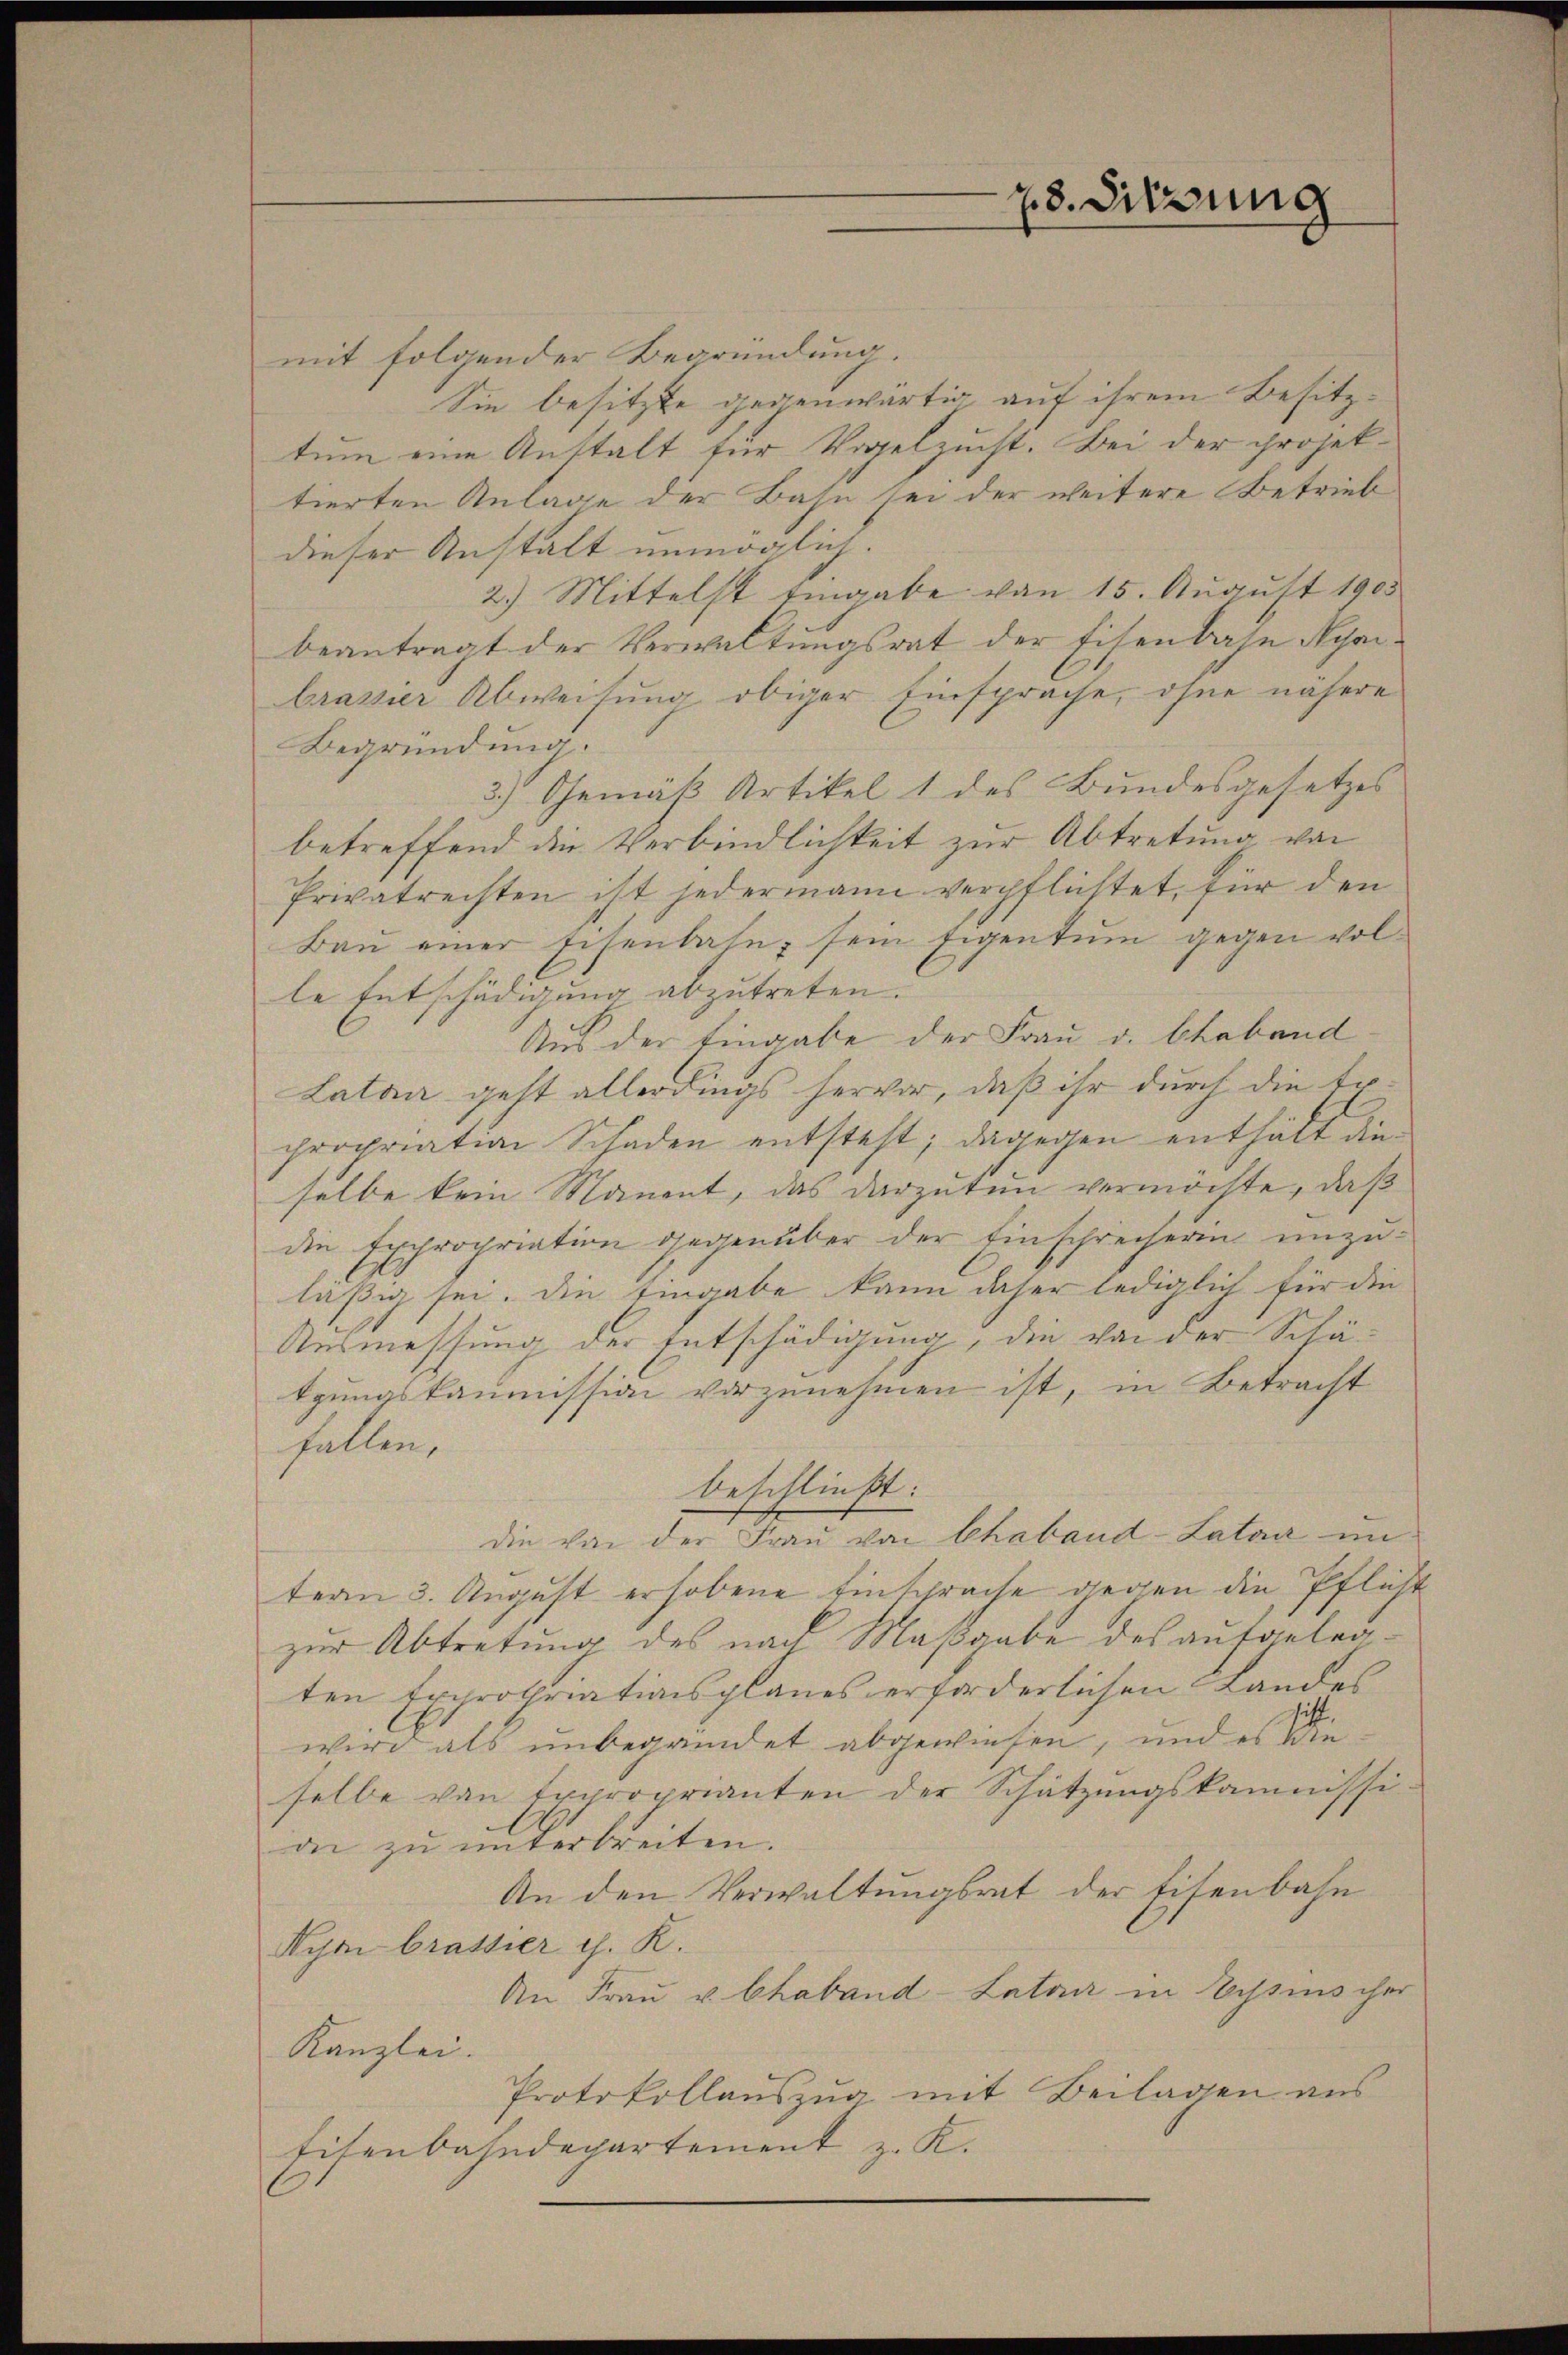
23. Sitzung

mit folgender Begründung.
Sie besitzte gegenwärtig auf ihrem Besitztum eine Anstalt für Vogelzucht. Bei der projektierten Anlage der Bahn sei der weitere Betrieb
dieser Anstalt unmöglich.
2.) Mittelst Eingabe von 15. Aŭgŭst 1905
beantragt der Verwaltungsrat der Eisenbahn Nyaibrasser Abweisung obiger Einsprache, ohne nähere
Begründung.
3.) Gemäß Artikel 1 des Bundesgesetzes
betreffend die Verbindlichkeit zur Abtretung von
Privatrechten ist jedermann verpflichtet, für den
Bau einer Eisenbahn sein Eigentum gegen volle Entschädigung abzutreten.
Aus der Eingabe der Frau v. Chaband
Latan geht allerdings hervor, daß ihr durch die Erpropriation Schaden entsteht; dagegen enthält dieselbe kein Manent, das darzutun vermöchte, daß
die Expropriation gegenüber der Einschrecherin unzuläßig sei. Die Eingabe kann daher lediglich für die
Ausmessung der Entschädigung, die von der Schätgungskammission vorzunehmen ist, in Betracht
fallen,
beschließt:
die von der Frau von Chaband -Lataa im
tern 3. August erhobene Einsprache gegen die Pflicht
zur Abtretung des nach Maßgabe des aufgetraten Erprothriationsplanes erforderlichen Landes
wird als unbegründet abgewiesen, und es die
selbe von Exproprianten der Schützŭngskommissi-
die zu unterbreiten.
An den Verwaltungsrat der Eisenbahn
Nyni brattier c. K.
An Frau v. Chaband -Latan in Wissenscher
Kanzlei.
Protokollauszug mit Beilagen aus
Eisenbahndepartement z. K.